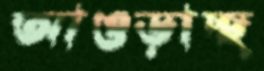
আওড়াচ্ছ